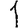
Digit: 1